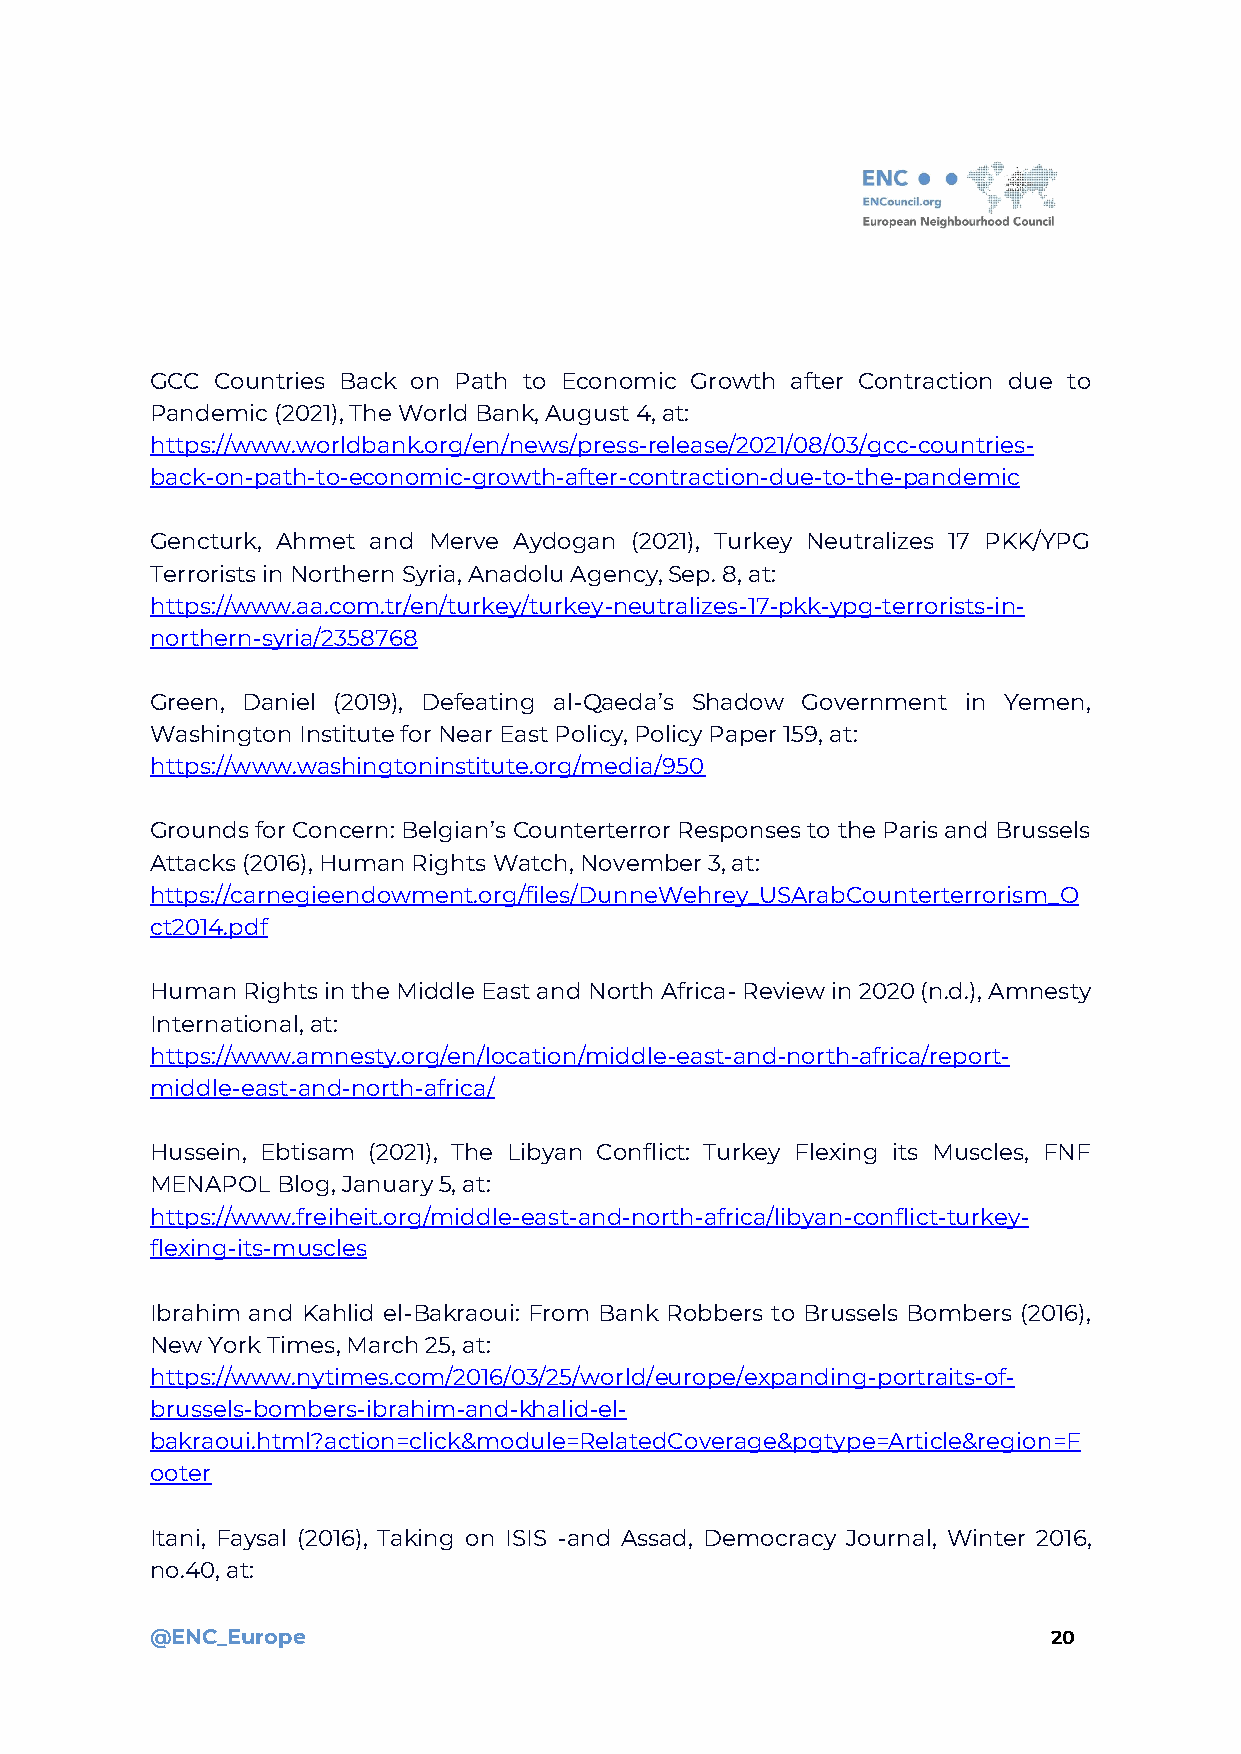
GCC Countries Back on Path to Economic Growth after Contraction due to
 Pandemic (2021), The World Bank, August 4, at:
 https://www.worldbank.org/en/news/press-release/2021/08/03/gcc-countries-
 back-on-path-to-economic-growth-after-contraction-due-to-the-pandemic
 Gencturk, Ahmet and Merve Aydogan (2021), Turkey Neutralizes 17 PKK/YPG
 Terrorists in Northern Syria, Anadolu Agency, Sep. 8, at:
 https://www.aa.com.tr/en/turkey/turkey-neutralizes-17-pkk-ypg-terrorists-in-
 northern-syria/2358768
 Green, Daniel (2019), Defeating al-Qaeda’s Shadow Government in Yemen,
 Washington Institute for Near East Policy, Policy Paper 159, at:
 https://www.washingtoninstitute.org/media/950
 Grounds for Concern: Belgian’s Counterterror Responses to the Paris and Brussels
 Attacks (2016), Human Rights Watch, November 3, at:
 https://carnegieendowment.org/files/DunneWehrey_USArabCounterterrorism_O
 ct2014.pdf
 Human Rights in the Middle East and North Africa- Review in 2020 (n.d.), Amnesty
 International, at:
 https://www.amnesty.org/en/location/middle-east-and-north-africa/report-
 middle-east-and-north-africa/
 Hussein, Ebtisam (2021), The Libyan Conflict: Turkey Flexing its Muscles, FNF
 MENAPOL Blog, January 5, at:
 https://www.freiheit.org/middle-east-and-north-africa/libyan-conflict-turkey-
 flexing-its-muscles
 Ibrahim and Kahlid el-Bakraoui: From Bank Robbers to Brussels Bombers (2016),
 New York Times, March 25, at:
 https://www.nytimes.com/2016/03/25/world/europe/expanding-portraits-of-
 brussels-bombers-ibrahim-and-khalid-el-
 bakraoui.html?action=click&module=RelatedCoverage&pgtype=Article&region=F
 ooter
 Itani, Faysal (2016), Taking on ISIS -and Assad, Democracy Journal, Winter 2016,
 no.40, at:
 @ENC_Europe                                                 20